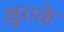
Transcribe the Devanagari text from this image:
ख़ुराकें